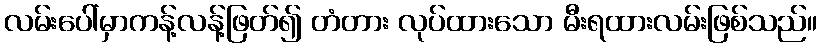
လမ်းပေါ်မှာကန့်လန့်ဖြတ်၍ တံတား လုပ်ထားသော မီးရထားလမ်းဖြစ်သည်။